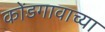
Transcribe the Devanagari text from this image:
कोंडगावाच्या